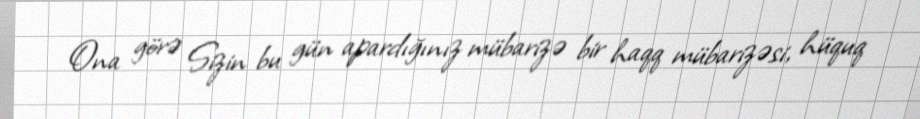
Ona görə Sizin bu gün apardığınız mübarizə bir haqq mübarizəsi, hüquq